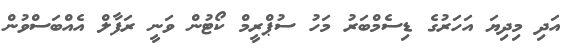
އަދި މިދިޔަ އަހަރުގެ ޑިސެމްބަރު މަހު ސުޕްރީމް ކޯޓުން ވަނީ ރަފާލް އެއްބަސްވުން